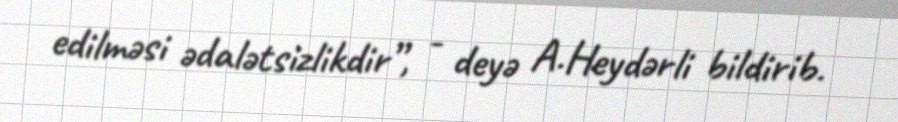
edilməsi ədalətsizlikdir”, - deyə A.Heydərli bildirib.